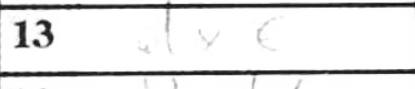
Transcription: dxe